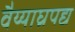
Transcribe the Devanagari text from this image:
वैय्याघ्रपद्य